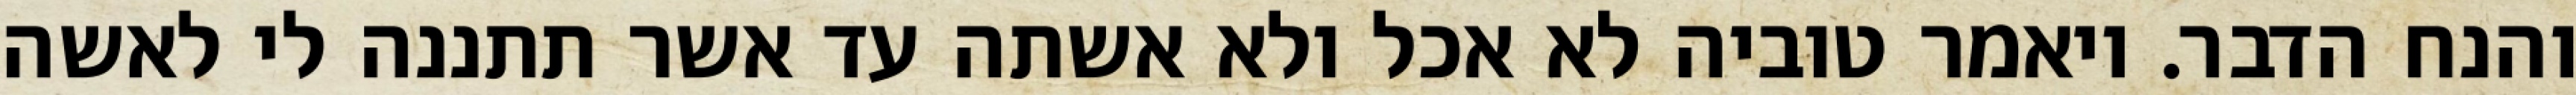
והנח הדבר. ויאמר טוביה לא אכל ולא אשתה עד אשר תתננה לי לאשה